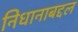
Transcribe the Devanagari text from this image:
निधानाबद्दल